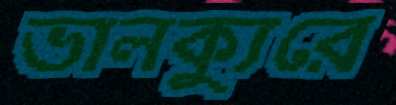
ভালক্যুরে